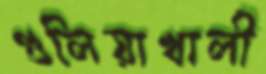
গুলিয়াখালী